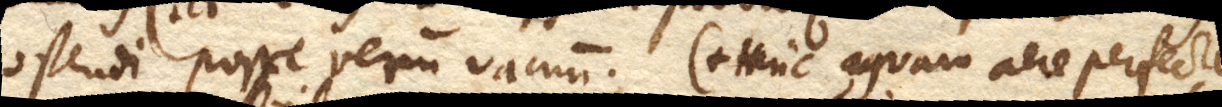
ostendi posse verum vacuum. Hinc aquam aere perfecte